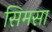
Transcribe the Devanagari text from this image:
सिमसा